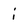
Character: i